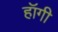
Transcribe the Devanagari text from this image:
हॉगी